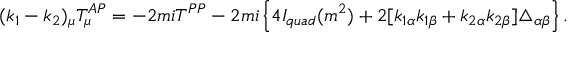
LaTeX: ( k _ { 1 } - k _ { 2 } ) _ { \mu } T _ { \mu } ^ { A P } = - 2 m i T ^ { P P } - 2 m i \left\{ 4 I _ { q u a d } ( m ^ { 2 } ) + 2 [ k _ { 1 \alpha } k _ { 1 \beta } + k _ { 2 \alpha } k _ { 2 \beta } ] \triangle _ { \alpha \beta } \right\} .